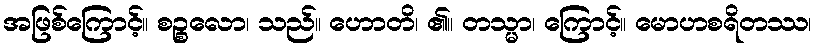
အဖြစ်ကြောင့်။ စဉ္စလော၊ သည်။ ဟောတိ၊ ၏။ တသ္မာ၊ ကြောင့်။ မောဟစရိတဿ၊